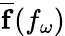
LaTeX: \overline{{\mathbf{f}}}(f_{\omega})